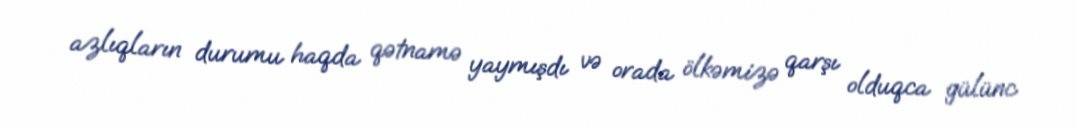
azlıqların durumu haqda qətnamə yaymışdı və orada ölkəmizə qarşı olduqca gülünc